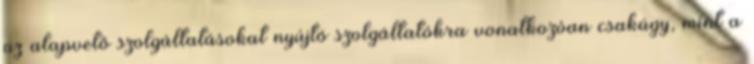
az alapvető szolgáltatásokat nyújtó szolgáltatókra vonatkozóan csakúgy, mint a